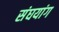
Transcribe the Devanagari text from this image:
संघयांग